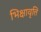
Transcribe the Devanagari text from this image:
भिक्षावृत्ति